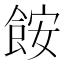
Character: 𩛖